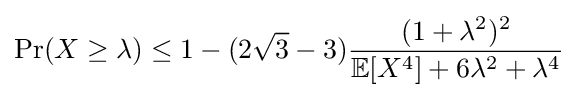
\Pr(X\geq \lambda )\leq 1-(2{\sqrt {3}}-3){\frac {(1+\lambda ^{2})^{2}}{\mathbb {E} [X^{4}]+6\lambda ^{2}+\lambda ^{4}}}